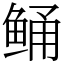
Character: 鲬